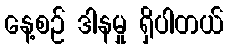
နေ့စဉ် ဒါနမှု ရှိပါတယ်